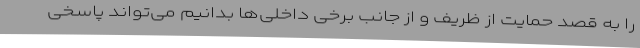
را به قصد حمایت از ظریف و از جانب برخی داخلی‌ها بدانیم می‌تواند پاسخی